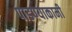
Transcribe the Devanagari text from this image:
पाडण्याकामी